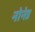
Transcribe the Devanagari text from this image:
नोनेड